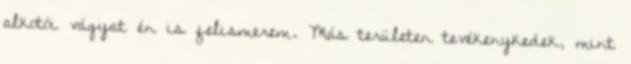
alkotói vágyat én is felismerem. Más területen tevékenykedek, mint